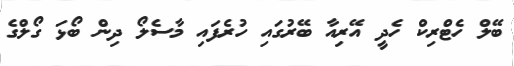
ބޭލް ހެޓްރިކް ހެދީ އޭރިއާ ބޭރުގައި ހުރެފައި މާސެލޯ ދިން ބޯޅަ ގޯލްގެ